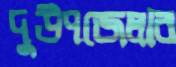
দুউপজেলার